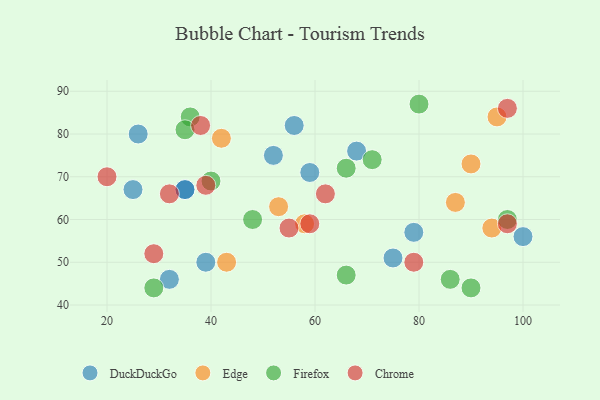
{"axis": {"x": "GDP", "y": "Life Expectancy"}, "legend": ["Chrome", "DuckDuckGo", "Edge", "Firefox"], "data": [{"x": "52", "y": 75, "type": "DuckDuckGo"}, {"x": "32", "y": 46, "type": "DuckDuckGo"}, {"x": "26", "y": 80, "type": "DuckDuckGo"}, {"x": "56", "y": 82, "type": "DuckDuckGo"}, {"x": "68", "y": 76, "type": "DuckDuckGo"}, {"x": "35", "y": 67, "type": "DuckDuckGo"}, {"x": "100", "y": 56, "type": "DuckDuckGo"}, {"x": "75", "y": 51, "type": "DuckDuckGo"}, {"x": "39", "y": 50, "type": "DuckDuckGo"}, {"x": "59", "y": 71, "type": "DuckDuckGo"}, {"x": "25", "y": 67, "type": "DuckDuckGo"}, {"x": "35", "y": 67, "type": "DuckDuckGo"}, {"x": "79", "y": 57, "type": "DuckDuckGo"}, {"x": "87", "y": 64, "type": "Edge"}, {"x": "42", "y": 79, "type": "Edge"}, {"x": "43", "y": 50, "type": "Edge"}, {"x": "95", "y": 84, "type": "Edge"}, {"x": "94", "y": 58, "type": "Edge"}, {"x": "53", "y": 63, "type": "Edge"}, {"x": "58", "y": 59, "type": "Edge"}, {"x": "90", "y": 73, "type": "Edge"}, {"x": "86", "y": 46, "type": "Firefox"}, {"x": "90", "y": 44, "type": "Firefox"}, {"x": "71", "y": 74, "type": "Firefox"}, {"x": "48", "y": 60, "type": "Firefox"}, {"x": "29", "y": 44, "type": "Firefox"}, {"x": "36", "y": 84, "type": "Firefox"}, {"x": "66", "y": 47, "type": "Firefox"}, {"x": "35", "y": 81, "type": "Firefox"}, {"x": "66", "y": 72, "type": "Firefox"}, {"x": "97", "y": 60, "type": "Firefox"}, {"x": "80", "y": 87, "type": "Firefox"}, {"x": "40", "y": 69, "type": "Firefox"}, {"x": "20", "y": 70, "type": "Chrome"}, {"x": "97", "y": 86, "type": "Chrome"}, {"x": "62", "y": 66, "type": "Chrome"}, {"x": "38", "y": 82, "type": "Chrome"}, {"x": "79", "y": 50, "type": "Chrome"}, {"x": "29", "y": 52, "type": "Chrome"}, {"x": "39", "y": 68, "type": "Chrome"}, {"x": "32", "y": 66, "type": "Chrome"}, {"x": "59", "y": 59, "type": "Chrome"}, {"x": "55", "y": 58, "type": "Chrome"}, {"x": "97", "y": 59, "type": "Chrome"}]}